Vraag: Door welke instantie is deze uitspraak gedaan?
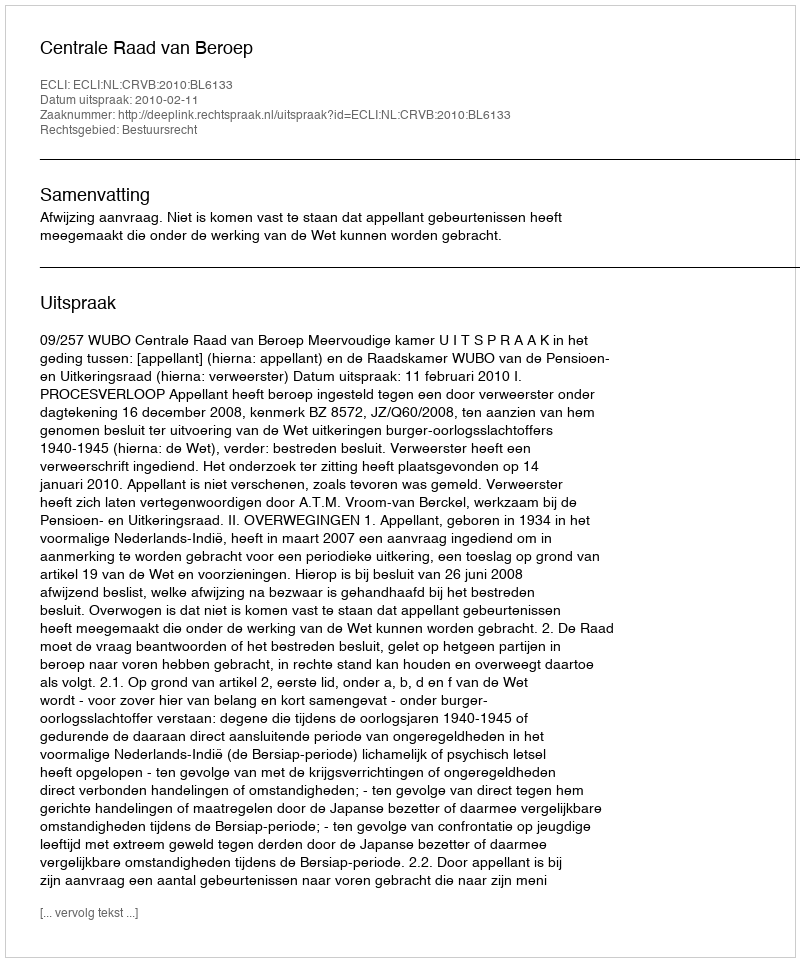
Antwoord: Centrale Raad van Beroep